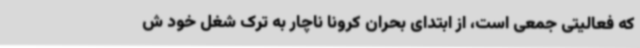
که فعالیتی جمعی است، از ابتدای بحران کرونا ناچار به ترک شغل خود ش